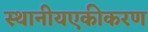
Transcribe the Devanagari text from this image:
स्थानीयएकीकरण